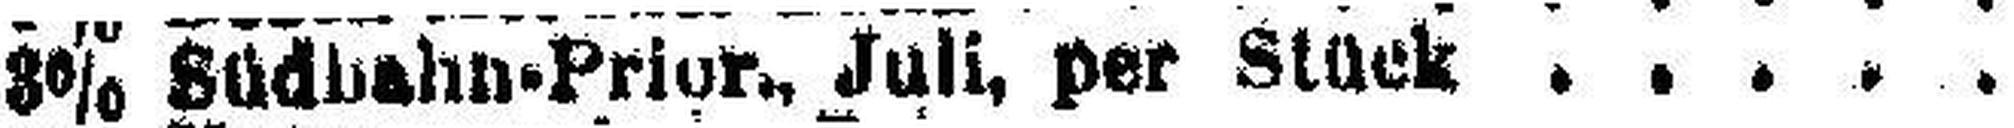
3% Südbahn-Prior., Juli, per Stück